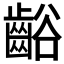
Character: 𲎢